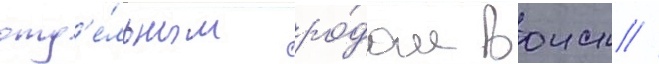
отд'е́льным ро́дом воиск //